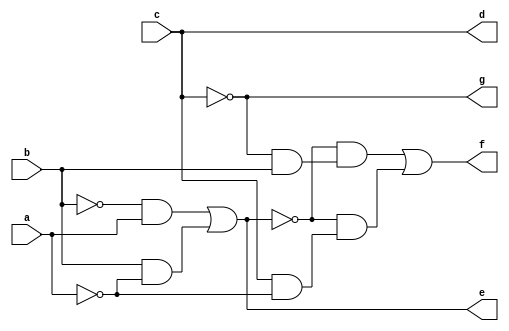
// IWLS benchmark module "b1" printed on Wed May 29 16:03:33 2002
module b1(a, b, c, d, e, f, g);
input
  a,
  b,
  c;
output
  d,
  e,
  f,
  g;
wire
  \[2] ,
  \[3] ,
  \[1] ;
assign
  \[2]  = (~\[1]  & (~c & b)) | (~\[1]  & (c & ~a)),
  d = c,
  e = \[1] ,
  f = \[2] ,
  g = \[3] ,
  \[3]  = ~c,
  \[1]  = (~b & a) | (b & ~a);
endmodule